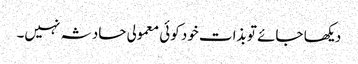
دیکھا جائے تو بذات خود کوئی معمولی حادثہ نہیں۔